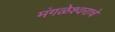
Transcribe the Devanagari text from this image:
मंगळेश्वराचे